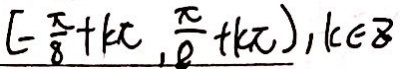
[ - \frac { \pi } { 8 } + k \pi , \frac { \pi } { 8 } + k \pi ) , k \in 8